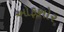
ઓફશોર